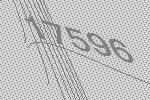
17596